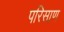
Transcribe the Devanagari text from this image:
परिसाण